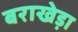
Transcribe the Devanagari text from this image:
बराखेड़ा